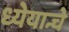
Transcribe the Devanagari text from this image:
ध्येयान्चे